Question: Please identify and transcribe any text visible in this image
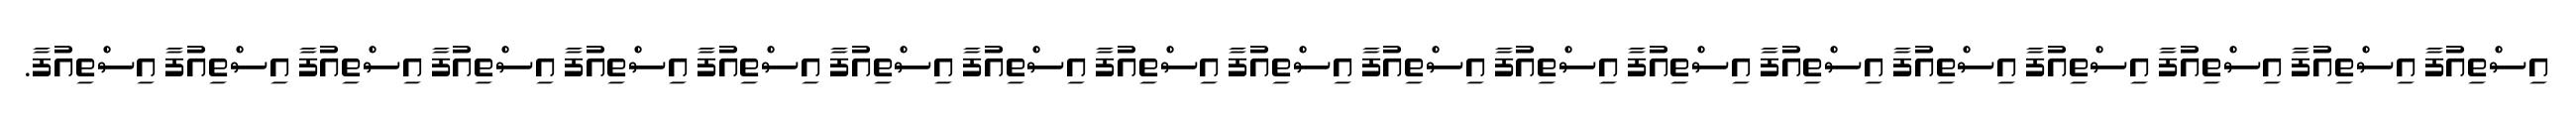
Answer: އިސްތިއުފާ އިސްތިއުފާ އިސްތިއުފާ އިސްތިއުފާ އިސްތިއުފާ އިސްތިއުފާ އިސްތިއުފާ އިސްތިއުފާ އިސްތިއުފާ އިސްތިއުފާ އިސްތިއުފާ އިސްތިއުފާ އިސްތިއުފާ އިސްތިއުފާ އިސްތިއުފާ އިސްތިއުފާ އިސްތިއުފާ އިސްތިއުފާ އިސްތިއުފާ.